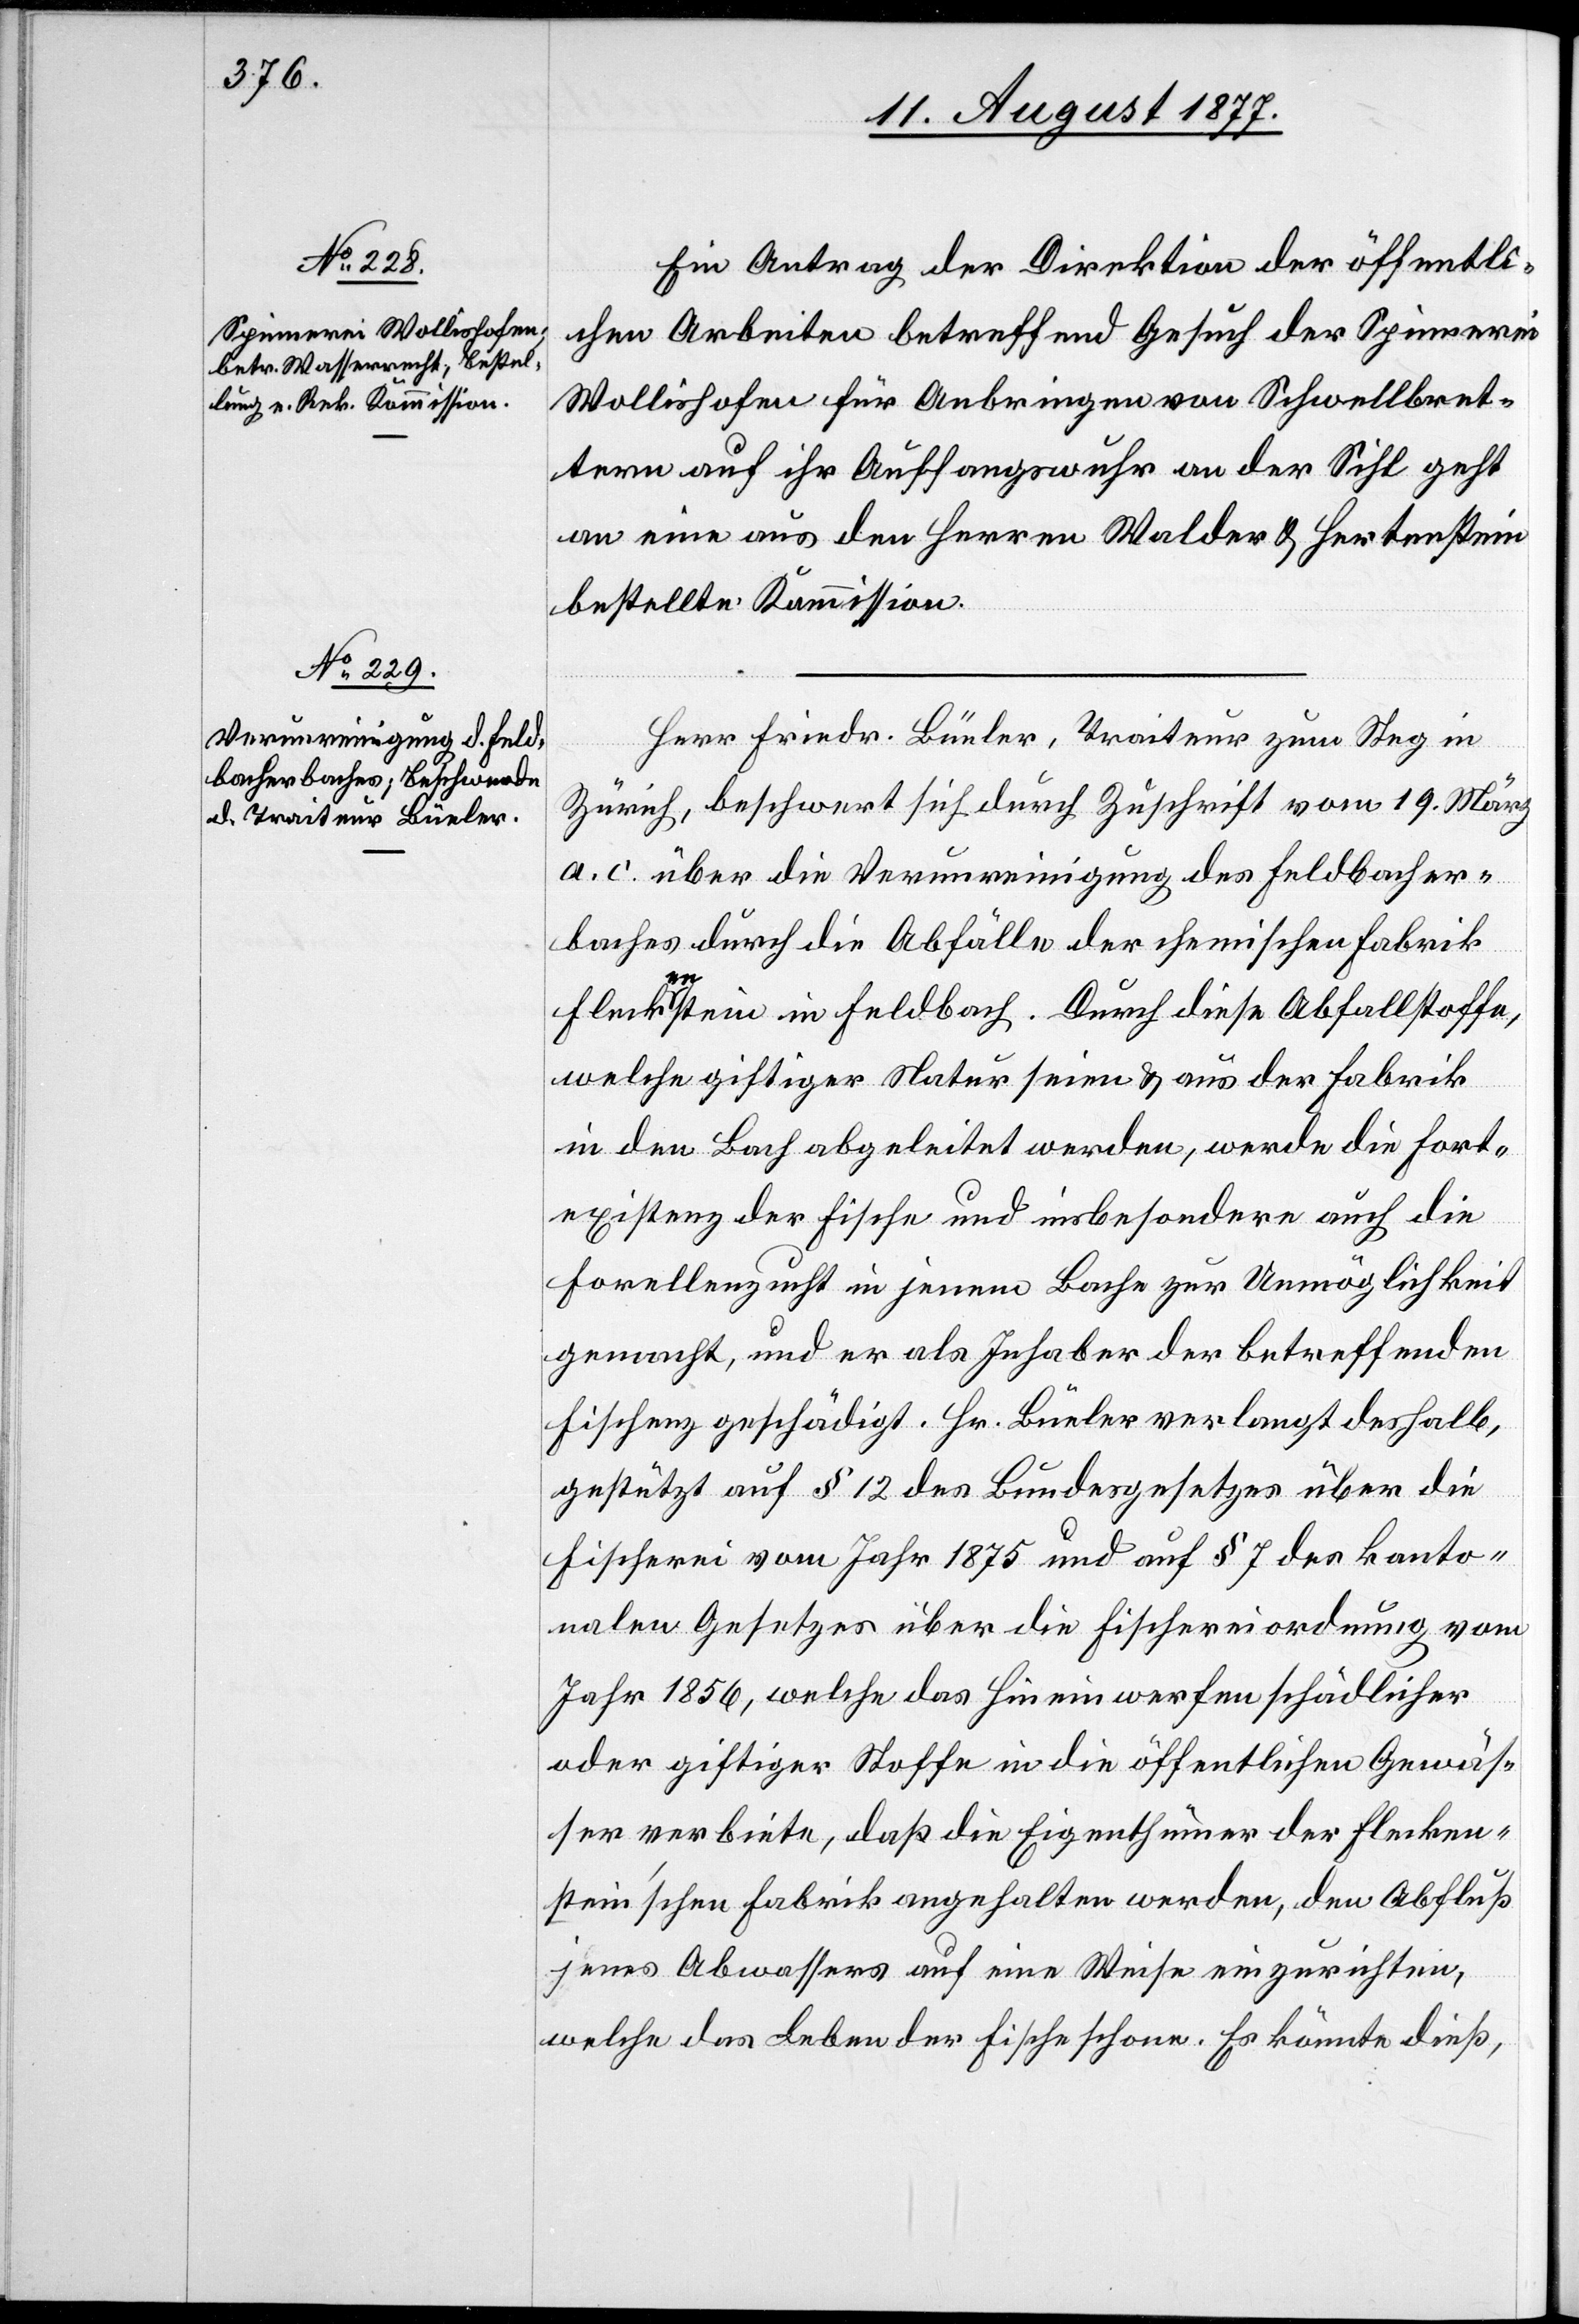
Ein Antrag der Direktion der öffentli¬
chen Arbeiten betreffend Gesuch der Spinnerei
Wollishofen für Anbringen von Schwellbret¬
tern auf ihr Auffangswuhr an der Sihl geht
an eine aus den Herren Walder & Hertenstein
bestellte Kommission.
Herr Friedr. Büeler, Traiteur zum Steg in
Zürich, beschwert sich durch Zuschrift vom 19. März
a. c. über die Verunreinigung des Feldbacher¬
baches durch die Abfälle der chemischen Fabrik
Fleckenstein in Feldbach. Durch diese Abfallstoffe,
welche giftiger Natur seien & aus der Fabrik
in den Bach abgeleitet werden, werde die Fort¬
existenz der Fische und insbesondere auch die
Forellenzucht in jenem Bache zur Unmöglichkeit
gemacht, und er als Inhaber der betreffenden
Fischenz geschädigt. Hr. Büeler verlangt deshalb,
gestützt auf § 12 des Bundesgesetzes über die
Fischerei vom Jahr 1875 und auf § 7 des kanto¬
nalen Gesetzes über die Fischereiordnung vom
Jahr 1856, welche das Hineinwerfen schädlicher
oder giftiger Stoffe in die öffentlichen Gewäs¬
ser verbiete, daß die Eigenthümer der Flecken¬
stein’schen Fabrik angehalten werden, den Abfluß
jenes Abwassers auf eine Weise einzurichten,
welche das Leben der Fische schone. Es könnte dieß,